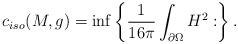
\begin{align*} c_{iso}(M,g) = \inf\left\{ \frac{1}{16 \pi} \int_{\partial\Omega} H^2 : \right\}.\end{align*}